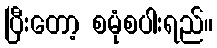
ပြီးတော့ စမုံစပါးရည်။